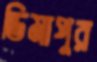
ডিমাপুর